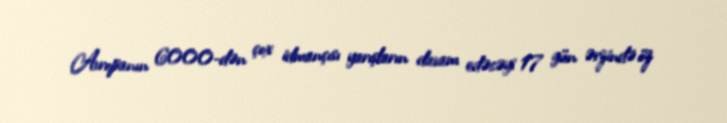
Avropanın 6000-dən çox idmançısı yarışların davam edəcəyi 17 gün ərzində öz